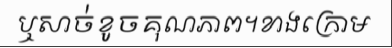
ឬសាច់ខូចគុណភាព។ខាងក្រោម